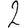
Digit: 2